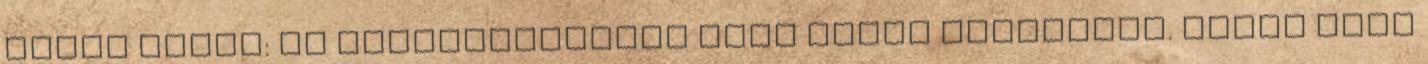
Dávid Gyula: Az értelemformáló sors tudós faggatója. Benkő Samu